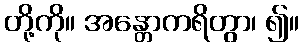
တို့ကို။ အန္တောကရိတွာ၊ ၍။